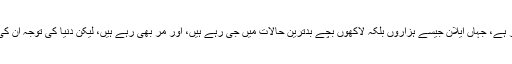
ایک ایسے ملک سے جو گزشتہ چند سالوں سے خانہ جنگی کا شکار ہے، جہاں ایلان جیسے ہزاروں بلکہ لاکھوں بچے بدترین حالات میں جی رہے ہیں، اور مر بھی رہے ہیں، لیکن دنیا کی توجہ ان کی جانب نہیں کیونکہ “اور بھی دکھ ہیں زمانے میں محبت کے سوا”۔